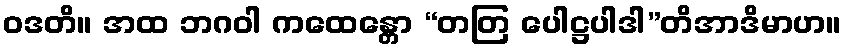
ဝဒတိ။ အထ ဘဂဝါ ကထေန္တော “တတြ ပေါဋ္ဌပါဒါ”တိအာဒိမာဟ။